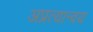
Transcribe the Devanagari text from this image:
अप्रत्यान्वय